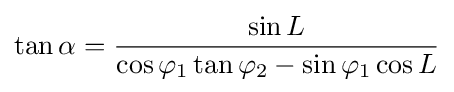
\tan \alpha ={\frac {\sin L}{\cos \varphi _{1}\tan \varphi _{2}-\sin \varphi _{1}\cos L}}